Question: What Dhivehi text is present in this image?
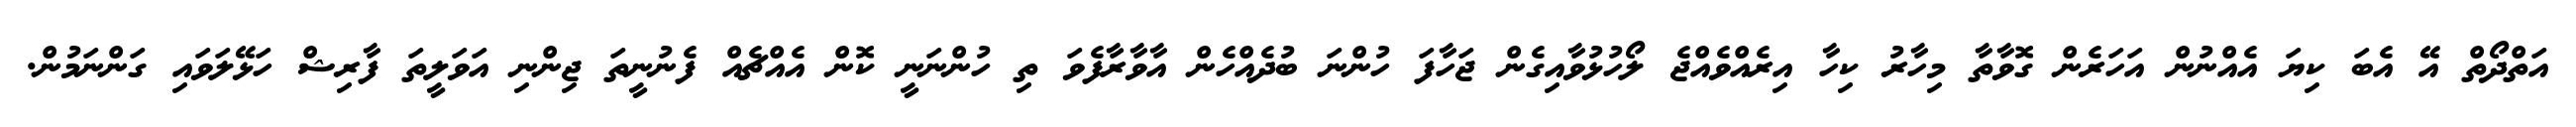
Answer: އަތްދޯތް އޭ އެބަ ކިޔަ އެއްނުން އަހަރެން ގޮވާތާ މިހާރު ކިހާ އިރެއްވެއްޖެ ލޯހުޅުވާއިގެން ޖަހާފަ ހުންނަ ބުދެއްހެން އާވާރާފެވަ ތި ހުންނަނީ ކޮން އެއްޗެއް ފެނުނީތަ ޖިންނި އަވަލީތަ ފާރިޝް ހަޅޭލަވައި ގަންނަމުން.